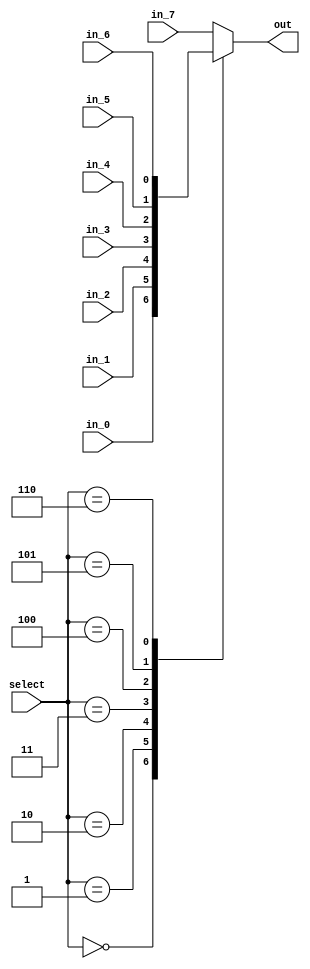
module mux_example_2
  (
   input wire       in_0,
   input wire       in_1,
   input wire       in_2,
   input wire       in_3,
   input wire       in_4,
   input wire       in_5,
   input wire       in_6,
   input wire       in_7,
   input wire [2:0] select,
   output reg       out
   );
   
   /*
    The purpose of this module is to explore the differences between
    implementing an 8-to-1 multiplexer using case statements, nested assignment
    statements, and nested if-else statements

    This design gets implemented as the same thing as we saw in the the first example
    */

   always @* begin
      case (select)
        3'b000 : out <= in_0;
        3'b001 : out <= in_1;
        3'b010 : out <= in_2;
        3'b011 : out <= in_3;
        3'b100 : out <= in_4;
        3'b101 : out <= in_5;
        3'b110 : out <= in_6;
        default : out <= in_7;
      endcase // case (select)
      end
                
endmodule // mux_example_2